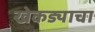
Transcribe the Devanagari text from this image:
खेकड्याचा